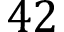
4 2